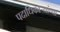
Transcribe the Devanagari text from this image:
पदाधिकार्‍यांच्या